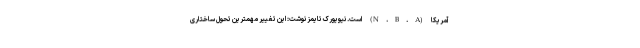
آمریکا (N.B.A) است. نیویورک تایمز نوشت: این تغییر مهمترین تحول ساختاری